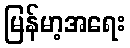
မြန်မာ့အရေး